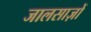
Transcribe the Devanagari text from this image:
जालसाज़ों